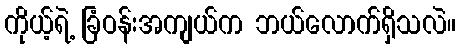
ကိုယ့်ရဲ့ ခြံဝန်းအကျယ်က ဘယ်လောက်ရှိသလဲ။